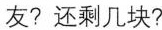
友?还剩几块?